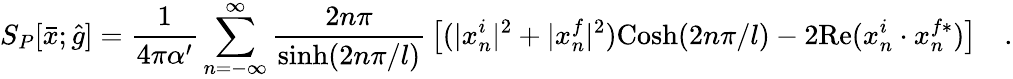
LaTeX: S_{P}[{\bar{x}};{\hat{g}}]={\frac{1}{4\pi\alpha^{\prime}}}\sum_{n=-\infty}^{\infty}{\frac{2n\pi}{\mathrm{sinh}(2n\pi/l)}}\left[(|x_{n}^{i}|^{2}+|x_{n}^{f}|^{2})\mathrm{Cosh}(2n\pi/l)-2\mathrm{Re}(x_{n}^{i}\cdot x_{n}^{f*})\right]\quad.